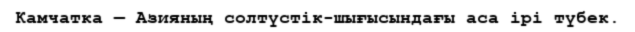
Камчатка — Азияның солтүстік-шығысындағы аса ірі түбек.